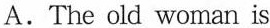
A.The old woman is